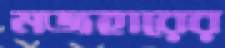
মজহারের